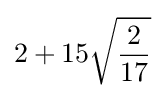
2+15{\sqrt {\frac {2}{17}}}